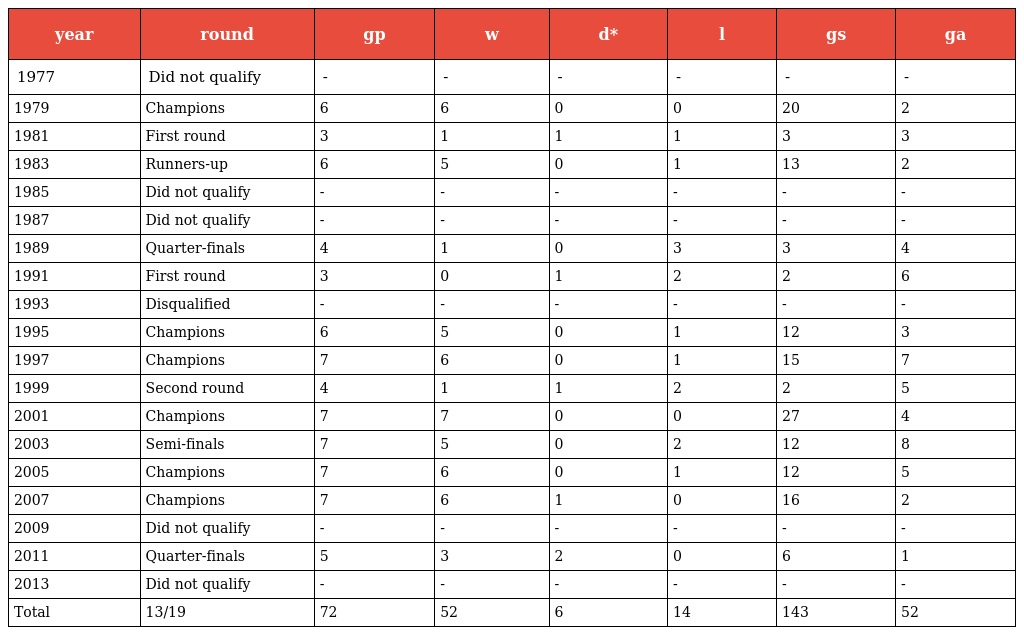
| year | round | gp | w | d* | l | gs | ga |
 | --- | --- | --- | --- | --- | --- | --- | --- |
 | 1977 | Did not qualify | - | - | - | - | - | - |
 | 1979 | Champions | 6 | 6 | 0 | 0 | 20 | 2 |
 | 1981 | First round | 3 | 1 | 1 | 1 | 3 | 3 |
 | 1983 | Runners-up | 6 | 5 | 0 | 1 | 13 | 2 |
 | 1985 | Did not qualify | - | - | - | - | - | - |
 | 1987 | Did not qualify | - | - | - | - | - | - |
 | 1989 | Quarter-finals | 4 | 1 | 0 | 3 | 3 | 4 |
 | 1991 | First round | 3 | 0 | 1 | 2 | 2 | 6 |
 | 1993 | Disqualified | - | - | - | - | - | - |
 | 1995 | Champions | 6 | 5 | 0 | 1 | 12 | 3 |
 | 1997 | Champions | 7 | 6 | 0 | 1 | 15 | 7 |
 | 1999 | Second round | 4 | 1 | 1 | 2 | 2 | 5 |
 | 2001 | Champions | 7 | 7 | 0 | 0 | 27 | 4 |
 | 2003 | Semi-finals | 7 | 5 | 0 | 2 | 12 | 8 |
 | 2005 | Champions | 7 | 6 | 0 | 1 | 12 | 5 |
 | 2007 | Champions | 7 | 6 | 1 | 0 | 16 | 2 |
 | 2009 | Did not qualify | - | - | - | - | - | - |
 | 2011 | Quarter-finals | 5 | 3 | 2 | 0 | 6 | 1 |
 | 2013 | Did not qualify | - | - | - | - | - | - |
 | Total | 13/19 | 72 | 52 | 6 | 14 | 143 | 52 |